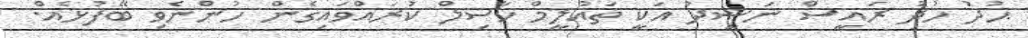
ޙުދު ހުދު ރައީސް ނަޝީދު އަކީ ތައުލީމް ހާސިލް ކުރައްވައިގެން ހުންނެވި ބޭފުޅެއް.